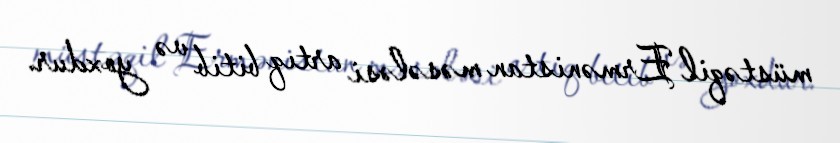
müstəqil Ermənistan məsələsi artıq bitib və yoxdur.